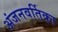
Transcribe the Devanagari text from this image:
अंजनवर्तिका